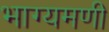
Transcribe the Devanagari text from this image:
भाग्यमणी